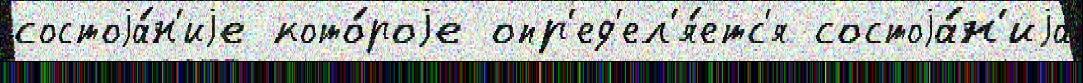
состоjа́н'иjе кото́роjе опр'ед'ел'я́етс'я состоjа́н'иjа